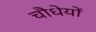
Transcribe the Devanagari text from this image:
चौधेयों